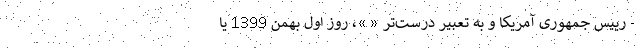
- رییس جمهوری آمریکا و به تعبیر درست‌تر « »، روز اول بهمن 1399 یا